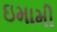
ઇમામી